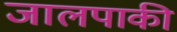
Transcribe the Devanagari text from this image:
जालपाकी